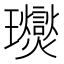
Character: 𤫙